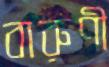
বারুণী